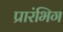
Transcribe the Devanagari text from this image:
प्रारंभिग